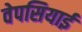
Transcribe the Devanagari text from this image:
वेपसियाई